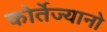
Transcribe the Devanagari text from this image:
कोर्तेज्यानो